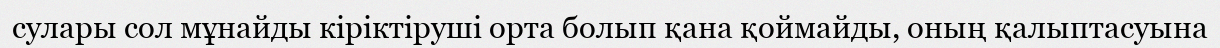
сулары сол мұнайды кіріктіруші орта болып қана қоймайды, оның қалыптасуына